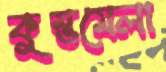
কুম্ভমেলা